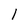
Character: l